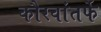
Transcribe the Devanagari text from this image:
कौरवांतर्फे